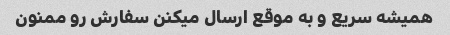
همیشه سریع و به موقع ارسال میکنن سفارش رو ممنون